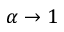
\alpha \to 1